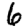
Digit: 6